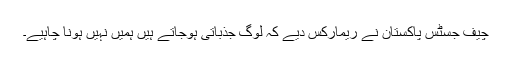
چیف جسٹس پاکستان نے ریمارکس دیے کہ لوگ جذباتی ہوجاتے ہیں ہمیں نہیں ہونا چاہیے۔